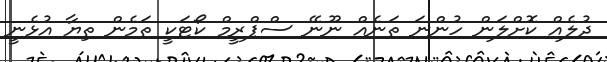
ދުލެއް ކޮށްލަން ހުންނަ ތަނެއް ނޫނޭ ސްޕްރީމް ކޯޓަކީ ތަމެން ތިޔާ އުޅެނީ